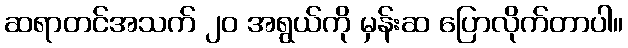
ဆရာတင်အသက် ၂၀ အရွယ်ကို မှန်းဆ ပြောလိုက်တာပါ။